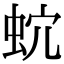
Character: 𧉡